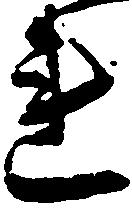
連